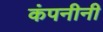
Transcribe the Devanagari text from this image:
कंपनीनी